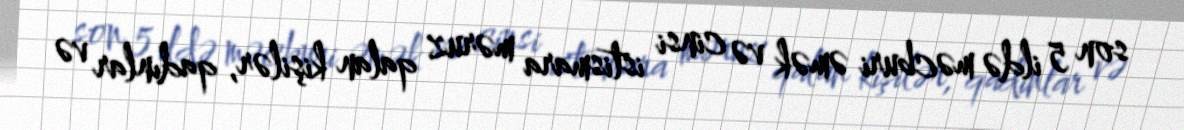
son 5 ildə məcburi əmək və cinsi istismara məruz qalan kişilər, qadınlar və